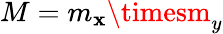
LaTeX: M=m_{\mathbf{x}}\timesm_{y}